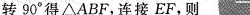
转90°得△ABF，连接EF，则 一